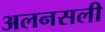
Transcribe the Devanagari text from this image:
अलनसली